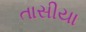
તાસીયા